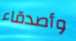
وأصدقاء